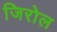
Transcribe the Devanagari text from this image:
जिरोल